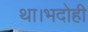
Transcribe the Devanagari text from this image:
था।भदोही